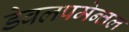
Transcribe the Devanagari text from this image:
डेवलपमेन्तल